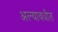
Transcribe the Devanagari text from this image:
अल्यावधीत